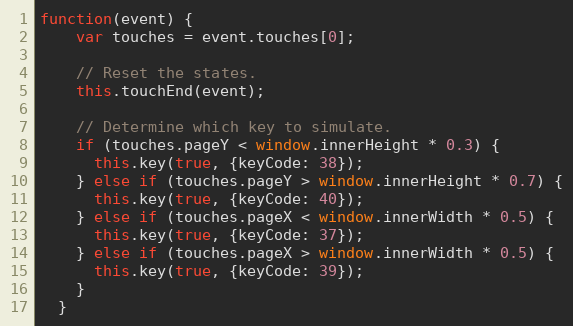
Language: JavaScript
function(event) {
    var touches = event.touches[0];

    // Reset the states.
    this.touchEnd(event);

    // Determine which key to simulate.
    if (touches.pageY < window.innerHeight * 0.3) {
      this.key(true, {keyCode: 38});
    } else if (touches.pageY > window.innerHeight * 0.7) {
      this.key(true, {keyCode: 40});
    } else if (touches.pageX < window.innerWidth * 0.5) {
      this.key(true, {keyCode: 37});
    } else if (touches.pageX > window.innerWidth * 0.5) {
      this.key(true, {keyCode: 39});
    }
  }